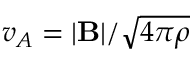
v _ { A } = | \mathbf { B } | / \sqrt { 4 \pi \rho }